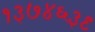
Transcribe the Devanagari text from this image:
१३७४६३९